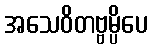
အသေဝိတဗ္ဗမ္ပိပေ